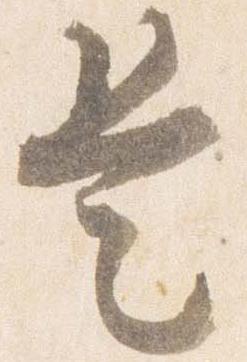
是